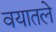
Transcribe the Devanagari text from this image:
वयातले